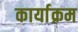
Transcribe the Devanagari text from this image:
कार्याक्रम